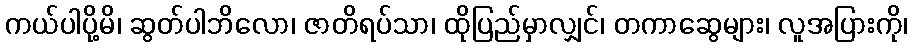
ကယ်ပါပို့မိ၊ ဆွတ်ပါဘိလော၊ ဇာတိရပ်သာ၊ ထိုပြည်မှာလျှင်၊ တကာဆွေများ၊ လူအပြားကို၊